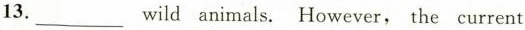
13.___ wild animals.However,the current